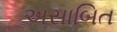
અસાબિત